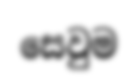
සෙවුම